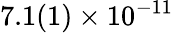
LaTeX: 7.1(1)\times 10^{-11}